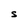
Character: S